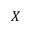
X